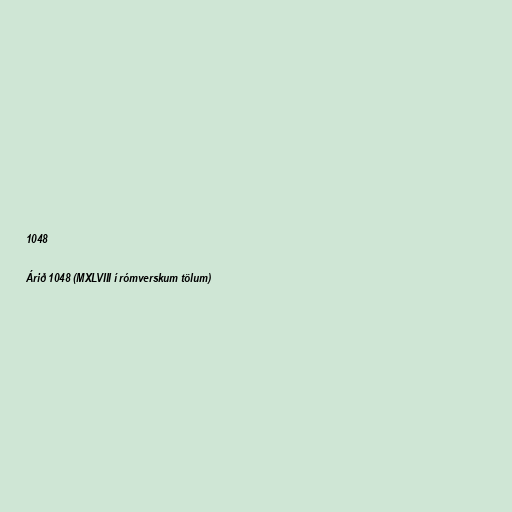
1048

Árið 1048 (MXLVIII í rómverskum tölum)